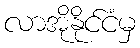
လာအိုနိုင်ငံမှ